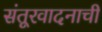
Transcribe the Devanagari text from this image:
संतूरवादनाची